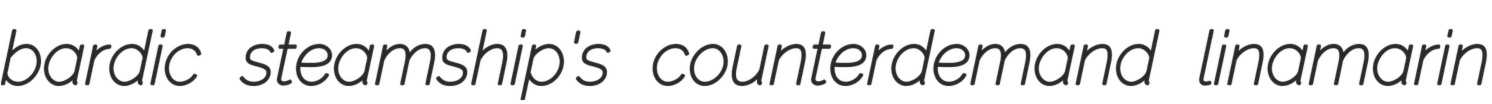
bardic steamship's counterdemand linamarin